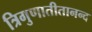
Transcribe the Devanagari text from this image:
त्रिगुणातीतानन्द